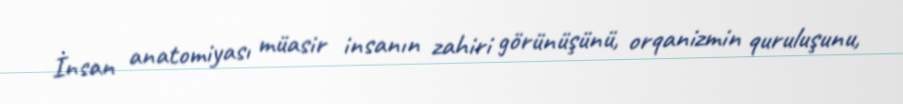
İnsan anatomiyası müasir insanın zahiri görünüşünü, orqanizmin quruluşunu,